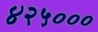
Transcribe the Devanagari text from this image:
४२५०००